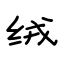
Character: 绒